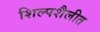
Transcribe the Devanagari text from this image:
शिल्पशैलीत